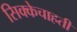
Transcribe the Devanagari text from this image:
सिक्केचाहती